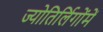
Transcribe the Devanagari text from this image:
ज्योतिर्लिगोंमें